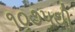
૧૦૭૫થી